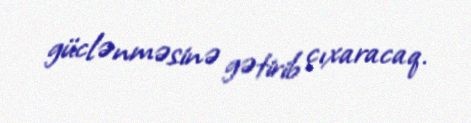
güclənməsinə gətirib çıxaracaq.